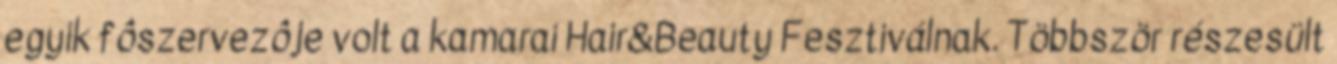
egyik fôszervezôje volt a kamarai Hair&Beauty Fesztiválnak. Többször részesült